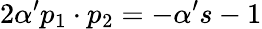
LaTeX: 2\alpha^{\prime}p_{1}\cdot p_{2}=-\alpha^{\prime}s-1